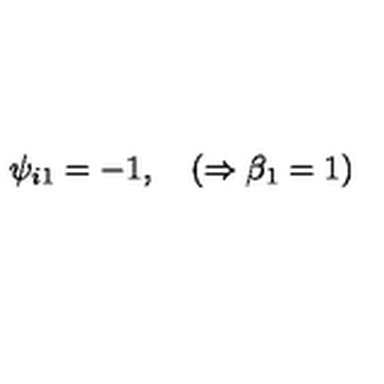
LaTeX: \psi _ { i 1 } = - 1 , \quad ( \Rightarrow \beta _ { 1 } = 1 )